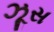
ઝૂસ